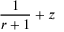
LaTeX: { \frac { 1 } { r + 1 } } + z